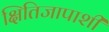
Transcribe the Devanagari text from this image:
क्षितिजापाशी